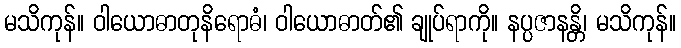
မသိကုန်။ ဝါယောဓာတုနိရောဓံ၊ ဝါယောဓာတ်၏ ချုပ်ရာကို။ နပ္ပဇာနန္တိ၊ မသိကုန်။